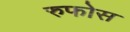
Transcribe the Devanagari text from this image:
रुफोस